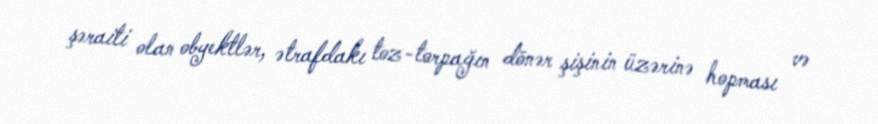
şəraiti olan obyektlər, ətrafdakı toz-torpağın dönər şişinin üzərinə hopması və